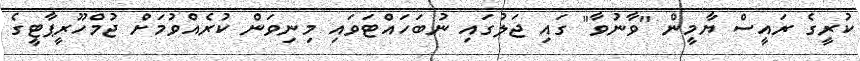
ކުރީގެ ރައީސް ޔާމީން "ވާނުވާ" ގައި ޖަލުގައި ނުބަހައްޓަވައި މިނިވަން ކުރެއްވުމަށް ޖުމްހޫރީޕާޓީގެ